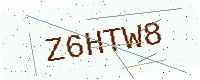
Text: Z6HTW8